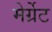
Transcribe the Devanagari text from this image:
मेर्ग्रेट